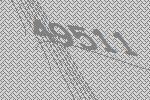
49511